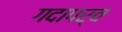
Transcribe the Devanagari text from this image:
गदापर्व